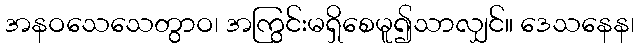
အနဝသေသေတွာဝ၊ အကြွင်းမရှိစေမူ၍သာလျှင်။ ဒေသနေန၊